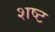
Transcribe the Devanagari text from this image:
शष्ट